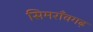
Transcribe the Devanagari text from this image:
सिमराँवगढ़